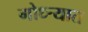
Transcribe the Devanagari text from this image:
गोध्ऱ्यात